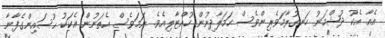
އެއާ އެކު ދުޝްމަނު ހަނގުރާމަވެރިންވެސް ހަމަލާދިނުން ހުއްޓާލިއެވެ. ނަމަވެސް އެތަނުން އެކަކު ޙުސައިންގެފާނާ